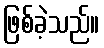
ဖြစ်ခဲ့သည်။